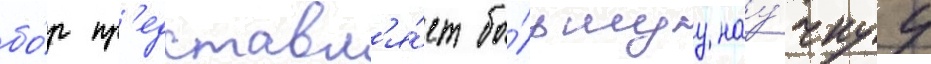
бо́р пр'едставл'я́ет бо́льшуу нау́чнуу